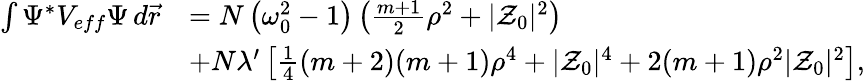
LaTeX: \begin{array}{rl}{\int\Psi^{*}V_{eff}\Psi\, d\vec{r}}&{=N\left({\omega_{0}^{2}}-1\right)\left(\frac{m+1}{2}\rho^{2}+|\mathcal{Z}_{0}|^{2}\right)}\\ &{+N\lambda^{\prime}\left[\frac{1}{4}(m+2)(m+1)\rho^{4}+|\mathcal{Z}_{0}|^{4}+2(m+1)\rho^{2}|\mathcal{Z}_{0}|^{2}\right],}\end{array}